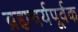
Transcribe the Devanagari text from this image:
ब्रह्मचर्यपूर्वक